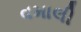
વમાલી